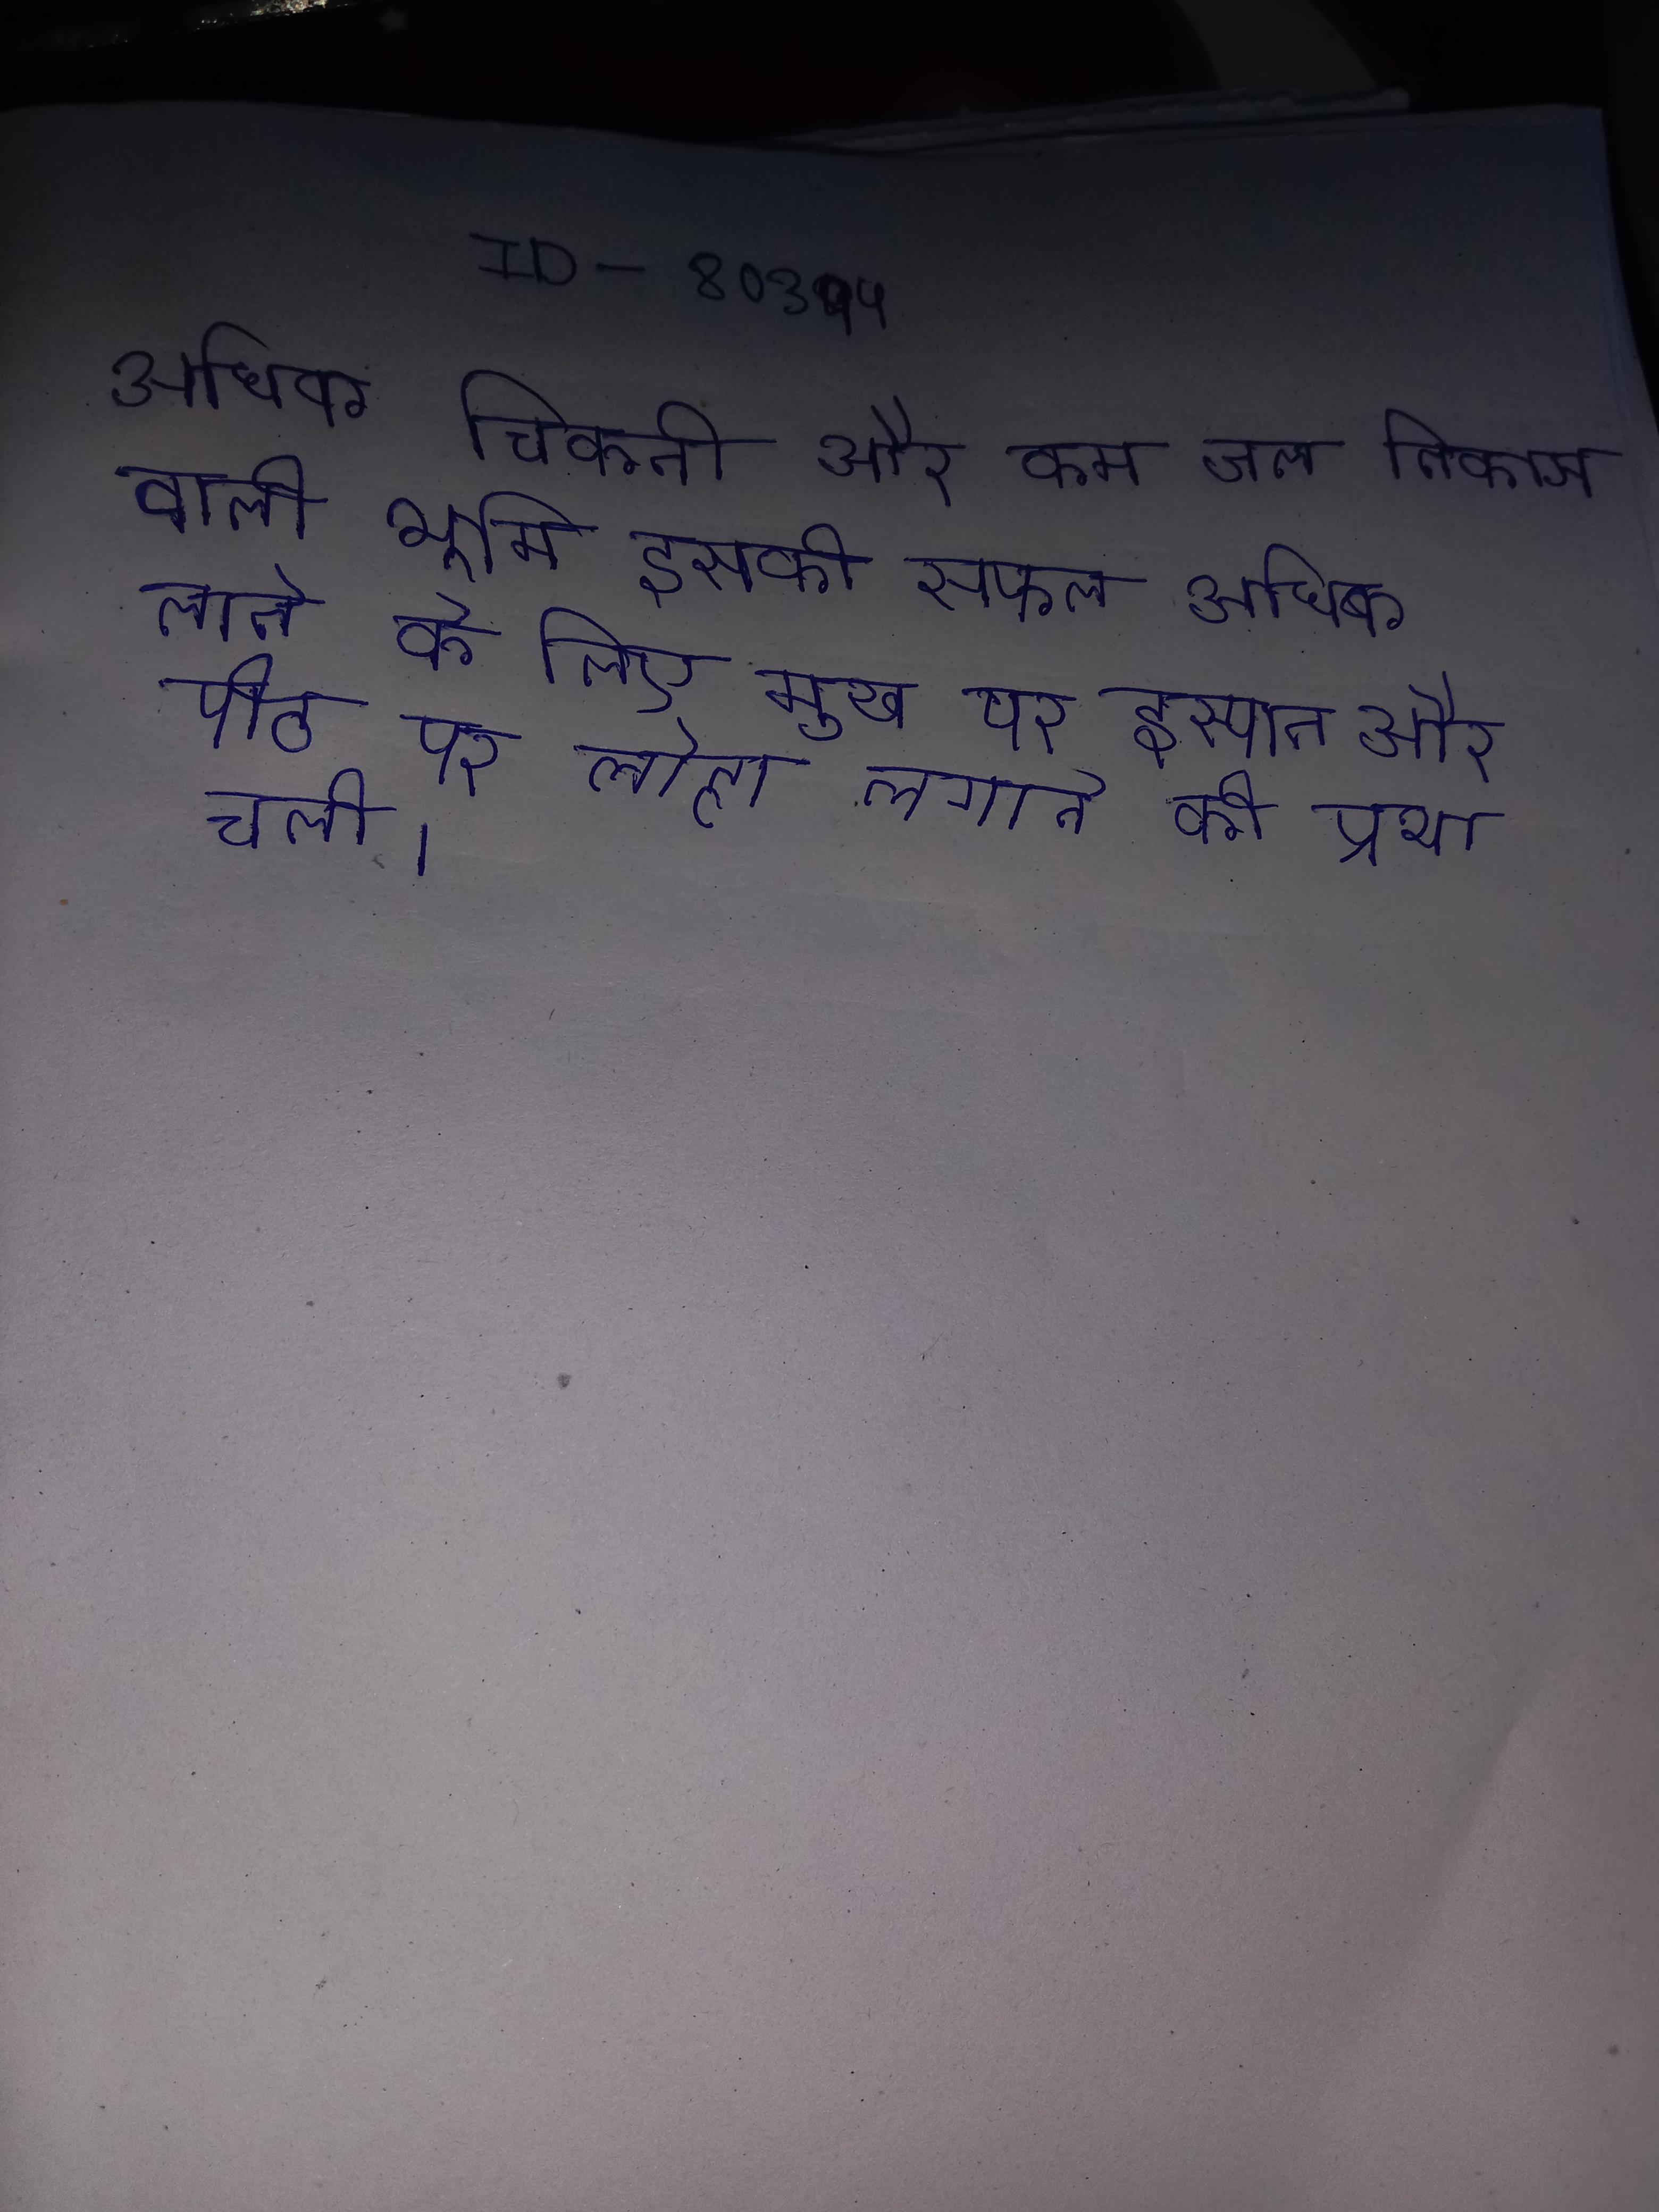
अधिक चिकनी और कम जल निकास वाली भूमि इसकी सफल खेती बाधक मानी गई है, ऐसी भूमि का समुचित विकास हो पाती है । अधिक चिकनी मिट्टी इसकी खेती न करे तो बेहतर है . अधिक लाने के लिए मुख पर इस्पात और पीठ पर लोहा लगाने की प्रथा चली ।